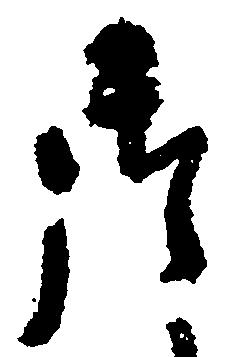
御